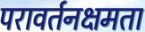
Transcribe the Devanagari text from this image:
परावर्तनक्षमता